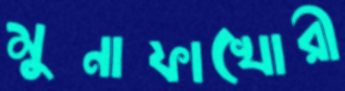
মুনাফাখোরী